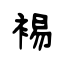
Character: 裼